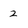
Character: 2